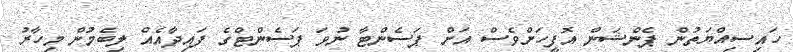
ހައިސިއްޔަތުން ޕެންޝަން އޮފީހަށްވެސް އަށް ޕަސެންޓާ ނުވަ ޕަސެންޓްގެ ފައިދާއެއް ލިބެމުން މިހާރު